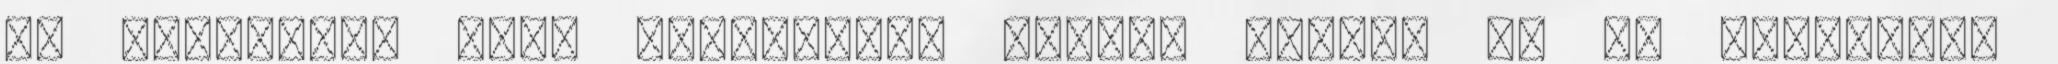
és holtágai, Duna legnagyobb halai: harcsa 63 kg külföldön